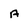
Character: A